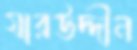
যারউদ্দীন